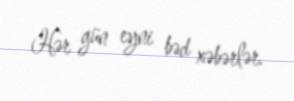
Hər gün eyni bəd xəbərlər.